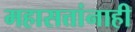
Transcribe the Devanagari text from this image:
महासत्तांनाही